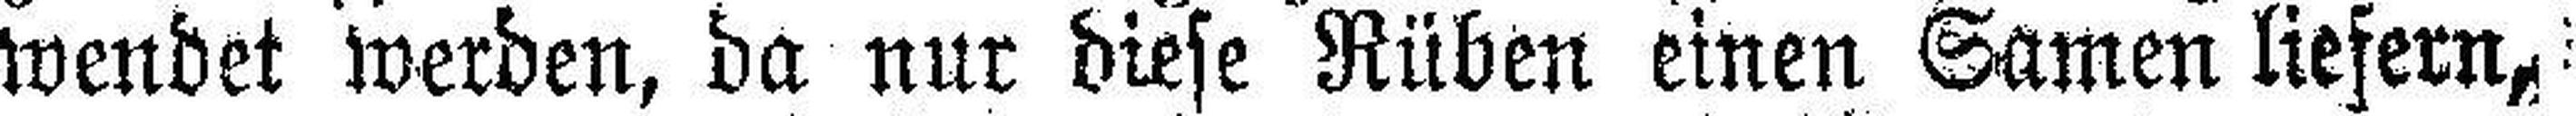
wendet werden, da nur diese Rüben einen Samen liefern,